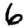
Digit: 6